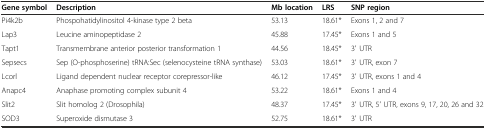
<table><thead><tr><td><b>Gene symbol</b></td><td><b>Description</b></td><td><b>Mb location</b></td><td><b>LRS</b></td><td><b>SNP region</b></td></tr></thead><tbody><tr><td>Pi4k2b</td><td>Phospohatidylinositol 4-kinase type 2 beta</td><td>53.13</td><td>18.61*</td><td>Exons 1, 2 and 7</td></tr><tr><td>Lap3</td><td>Leucine aminopeptidase 2</td><td>45.88</td><td>17.45*</td><td>Exons 1 and 5</td></tr><tr><td>Tapt1</td><td>Transmembrane anterior posterior transformation 1</td><td>44.56</td><td>18.45*</td><td>3′ UTR</td></tr><tr><td>Sepsecs</td><td>Sep (O-phosphoserine) tRNA:Sec (selenocysteine tRNA synthase)</td><td>53.03</td><td>18.61*</td><td>3′ UTR, exon 7</td></tr><tr><td>Lcorl</td><td>Ligand dependent nuclear receptor corepressor-like</td><td>46.12</td><td>17.45*</td><td>3′ UTR, exons 1 and 4</td></tr><tr><td>Anapc4</td><td>Anaphase promoting complex subunit 4</td><td>53.22</td><td>18.61*</td><td>Exons 1 and 4</td></tr><tr><td>Slit2</td><td>Slit homolog 2 (Drosophila)</td><td>48.37</td><td>17.45*</td><td>3′ UTR, 5′ UTR, exons 9, 17, 20, 26 and 32</td></tr><tr><td>SOD3</td><td>Superoxide dismutase 3</td><td>52.75</td><td>18.61*</td><td>3′ UTR</td></tr></tbody></table>